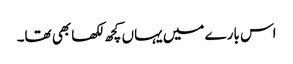
اس بارے میں یہاں کچھ لکھا بھی تھا۔